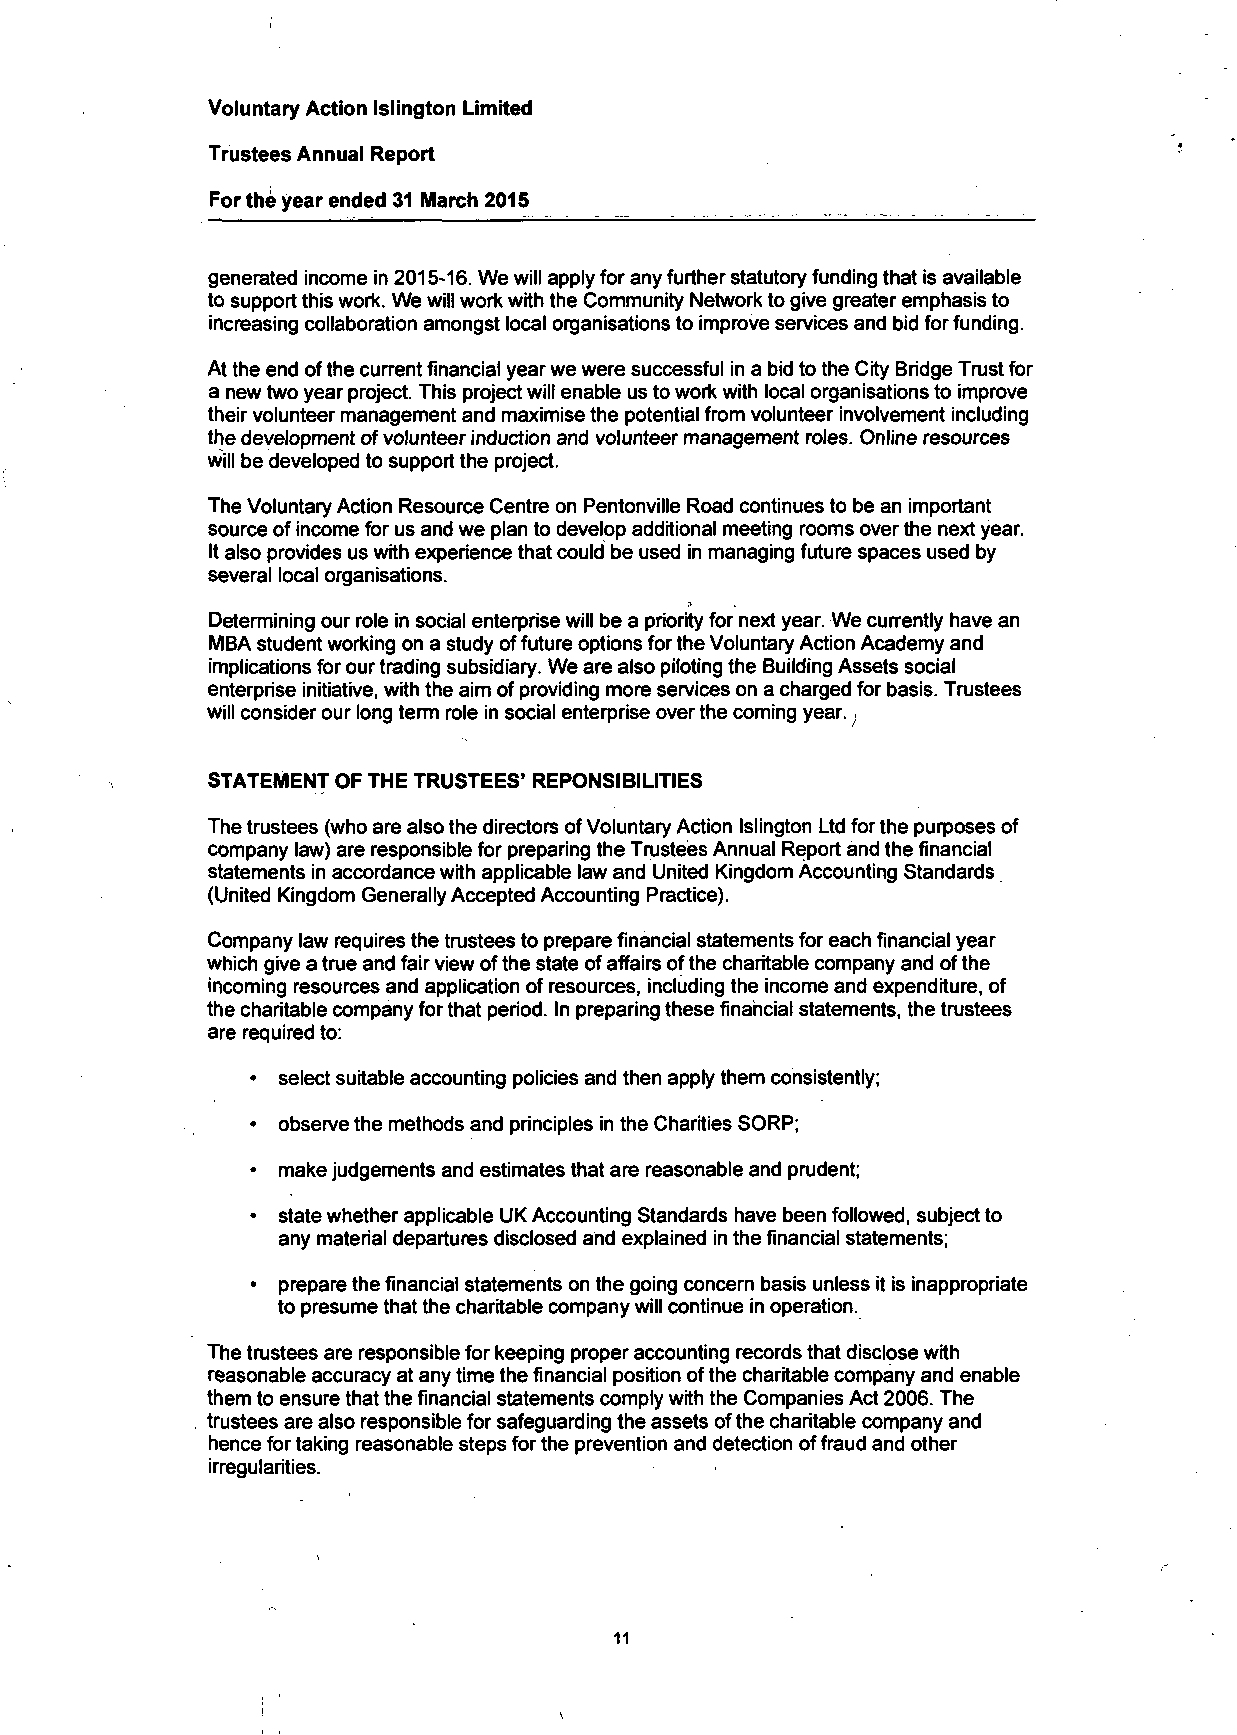
Voluntary Action Islington Limited
 Trustees Annual Report
 For the year ended 31 March 2015
 generated income in 2015-16. We will apply for any further statutory funding that is available
 to support this work. We will work with the Community Network to give greater emphasis to
 increasing collaboration amongst local organisations to improve services and bid for funding.
 At the end of the current financial year we were successful in a bid to the City Bridge Trust for
 a new two year project. This project will enable us to work with local organisations to improve
 their volunteer management and maximise the potential from volunteer involvement including
 the development of volunteer induction and volunteer management roles. Online resources
 will be developed to support the project.
 The Voluntary Action Resource Centre on Pentonville Road continues to be an important
 source of income for us and we plan to develop additional meeting rooms over the next year.
 It also provides us with experience that could be used in managing future spaces used by
 several local organisations.
 Determining our role in social enterprise will be a priority for next year. We currently have an
 MBA student working on a study of future options for the Voluntary Action Academy and
 implications for our trading subsidiary. We are also piloting the Building Assets social
 enterprise initiative, with the aim of providing more services on a charged for basis. Trustees
 will consider our long term role in social enterprise over the coming year. ,
 STATEMENT OF THE TRUSTEES' REPONSIBILITIES
 The trustees (who are also the directors of Voluntary Action Islington Ltd for the purposes of
 company law) are responsible for preparing the Trustees Annual Report and the financial
 statements in accordance with applicable law and United Kingdom Accounting Standards
 (United Kingdom Generally Accepted Accounting Practice).
 Company law requires the trustees to prepare financial statements for each financial year
 which give a true and fair view of the state of affairs of the charitable company and of the
 incoming resources and application of resources, including the income and expenditure, of
 the charitable company for that period. In preparing these financial statements, the trustees
 are required to:
 • select suitable accounting policies and then apply them consistently;
 • observe the methods and principles in the Charities SORP;
 • make judgements and estimates that are reasonable and prudent;
 • state whether applicable UK Accounting Standards have been followed, subject to
 any material departures disclosed and explained in the financial statements;
 • prepare the financial statements on the going concern basis unless it is inappropriate
 to presume that the charitable company will continue in operation.
 The trustees are responsible for keeping proper accounting records that disclose with
 reasonable accuracy at any time the financial position of the charitable company and enable
 them to ensure that the financial statements comply with the Companies Act 2006. The
 trustees are also responsible for safeguarding the assets of the charitable company and
 hence for taking reasonable steps for the prevention and detection of fraud and other
 irregularities.
 11